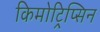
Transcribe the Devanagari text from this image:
किमोट्रिप्सिन